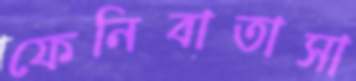
ফেনিবাতাসা